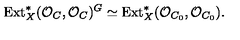
\mathrm { E x t } _ { X } ^ { * } ( { \cal O } _ { C } , { \cal O } _ { C } ) ^ { G } \simeq \mathrm { E x t } _ { X } ^ { * } ( { \cal O } _ { C _ { 0 } } , { \cal O } _ { C _ { 0 } } ) .